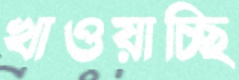
খাওয়াচ্ছি